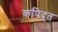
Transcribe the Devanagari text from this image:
कपिदूत